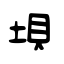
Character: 垻